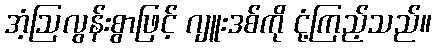
အံ့ဩလွန်းစွာဖြင့် ဂျူးဒစ်ကို ငုံ့ကြည့်သည်။